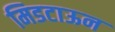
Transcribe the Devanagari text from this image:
मिडटाऊन